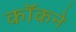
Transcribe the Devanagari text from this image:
कॉकने